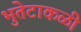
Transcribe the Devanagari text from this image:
भुतेटाकळी